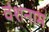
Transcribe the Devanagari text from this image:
वंशनाम